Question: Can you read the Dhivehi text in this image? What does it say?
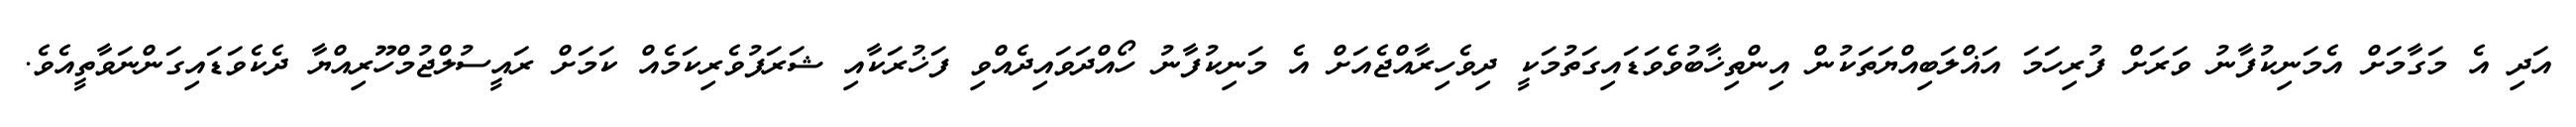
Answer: އަދި އެ މަގާމަށް އެމަނިކުފާނު ވަރަށް ފުރިހަމަ އަޣްލަބިއްޔަތަކުން އިންތިޚާބުވެވަޑައިގަތުމަކީ ދިވެހިރާއްޖެއަށް އެ މަނިކުފާނު ހޯއްދަވައިދެއްވި ފަޚުރަކާއި ޝަރަފުވެރިކަމެއް ކަމަށް ރައީސުލްޖުމްހޫރިއްޔާ ދެކެވަޑައިގަންނަވާތީއެވެ.